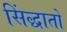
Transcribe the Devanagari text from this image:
सिंद्धातों